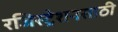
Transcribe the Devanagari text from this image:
रजिस्ट्रेशनसाठी